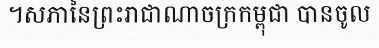
។សភានៃព្រះរាជាណាចក្រកម្ពុជា បានចូល